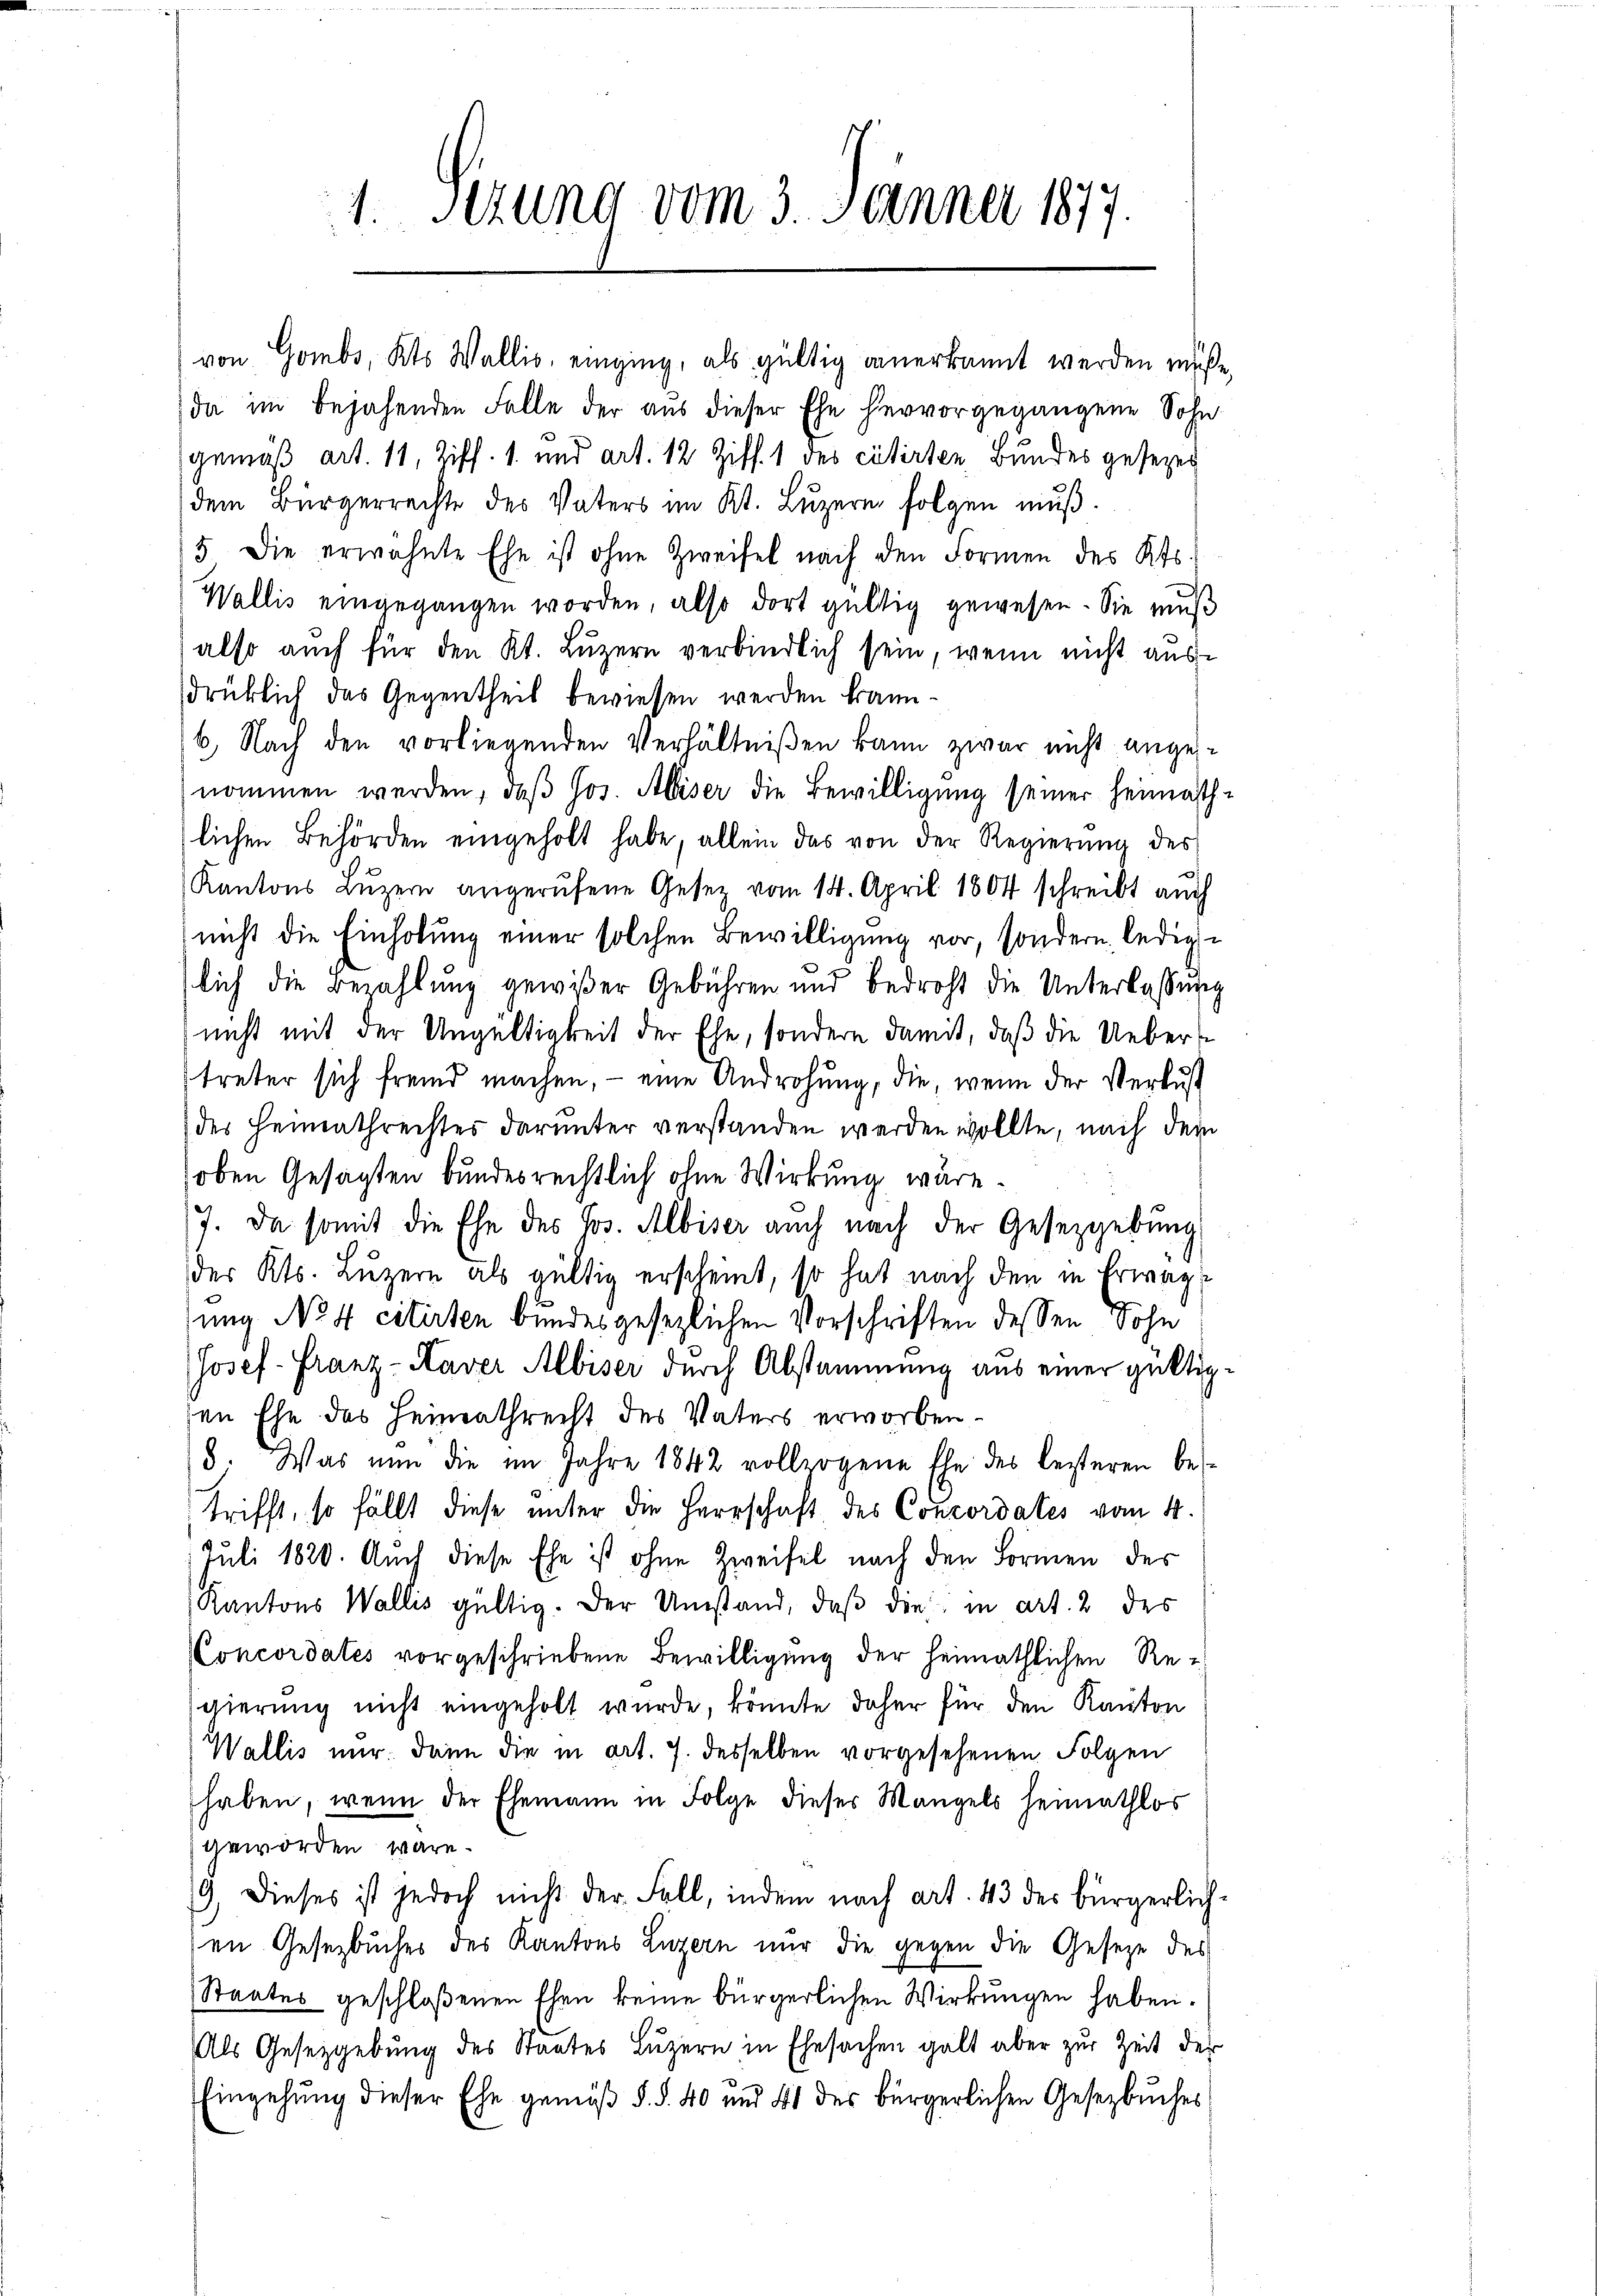
1. Sizung vom 3. Jänner 1877

von Gombs, Kts. Wallis, einging, als gültig anerkannt werden müße,
da im bejahenden Falle der aus dieser Ehe hervorgegangene Sohn
gemäß Art. 11, Ziff. 1. und Art. 12 Ziff. 1 des citirten Bundes gesezes
dem Bürgerrechte des Vaters im Kt. Luzern folgen muß.
5 die erwähnte Ehe ist ohne Zweifel nach den Formen des Kts.
Wallis eingegangen worden, also dort gültig gewesen. Sie muß
also auch für den Kt. Luzern verbindlich sein, wenn nicht aus-
drüklich das Gegentheil bewiesen werden kann.
6. Nach den vorliegenden Verhältnißen kann zwar nicht angenommen werden, daß Jos. Abiser die Bewilligung seiner Heimathlichen Behörden eingeholt habe, allein das von der Regierŭng des
Kantons Luzern angerufene Gesetz vom 14. April 1804 schreibt auch
nicht die Einholung einer solchen Bewilligung vor, sondern, lediglich die Bezahlung gewißer Gebühren und bedroht die Unterlassung
nicht mit der Ungültigkeit der Ehe, sondern damit, daß die Uebert
treter sich fremd machen, - eine Androhung, die, wenn der Verlust
des Heimathrechtes darunter verstanden werden wollte, nach dem
oben Gesagten bundesrechtlich ohne Wirkung wäre.
7. Da somit die Ehe des Jos. Albiser auch nach der Gesetzgebung
des Kts. Luzern als gültig erscheint, so hat nach den in Erwägung No 4 citirten bundesgesezlichen Vorschriften dessen Sohn
Josef-Franz-Kaver Albiser durch Abstammung aus einer gültigsen Ehe des Heimathrecht des Vaters erworben.
8. Was nun die im Jahre 1842 vollzogene Ehe des lezteren be-
trifft, so fällt diese unter die Herrschaft des Concordates vom 4.
Juli 1820. Auch diese Ehe ist ohne Zweifel nach den Formen des
Kantons Wallis gültig. Der Umstand, daß die in Art. 2 des
Concordates vorgeschriebene Bewilligung der heimathlichen Regierung nicht eingeholt wurde, könnte daher für den Kanton
Wallis mir. Dann die in Art. 7. desselben vorgesehenen Folgen
haben, wenn der Ehemann in Folge dieses Mangels heimathlos
geworden wäre.
9. Dieses ist jedoch nicht der Fall, indem nach Art. 43 des bürgerlich-
en Gesetzbuches des Kantons Luzern nur die gegen die Geseze des
Staates geschloßenen Ehen keine bürgerlichen Wirkungen haben.
Als Gesetzgebung des Staates Luzern in Ehesachen galt aber zur Zeit der
Eingehung dieser Ehe gemäß §. §. 40 und 41 des bürgerlichen Gesetzbuches